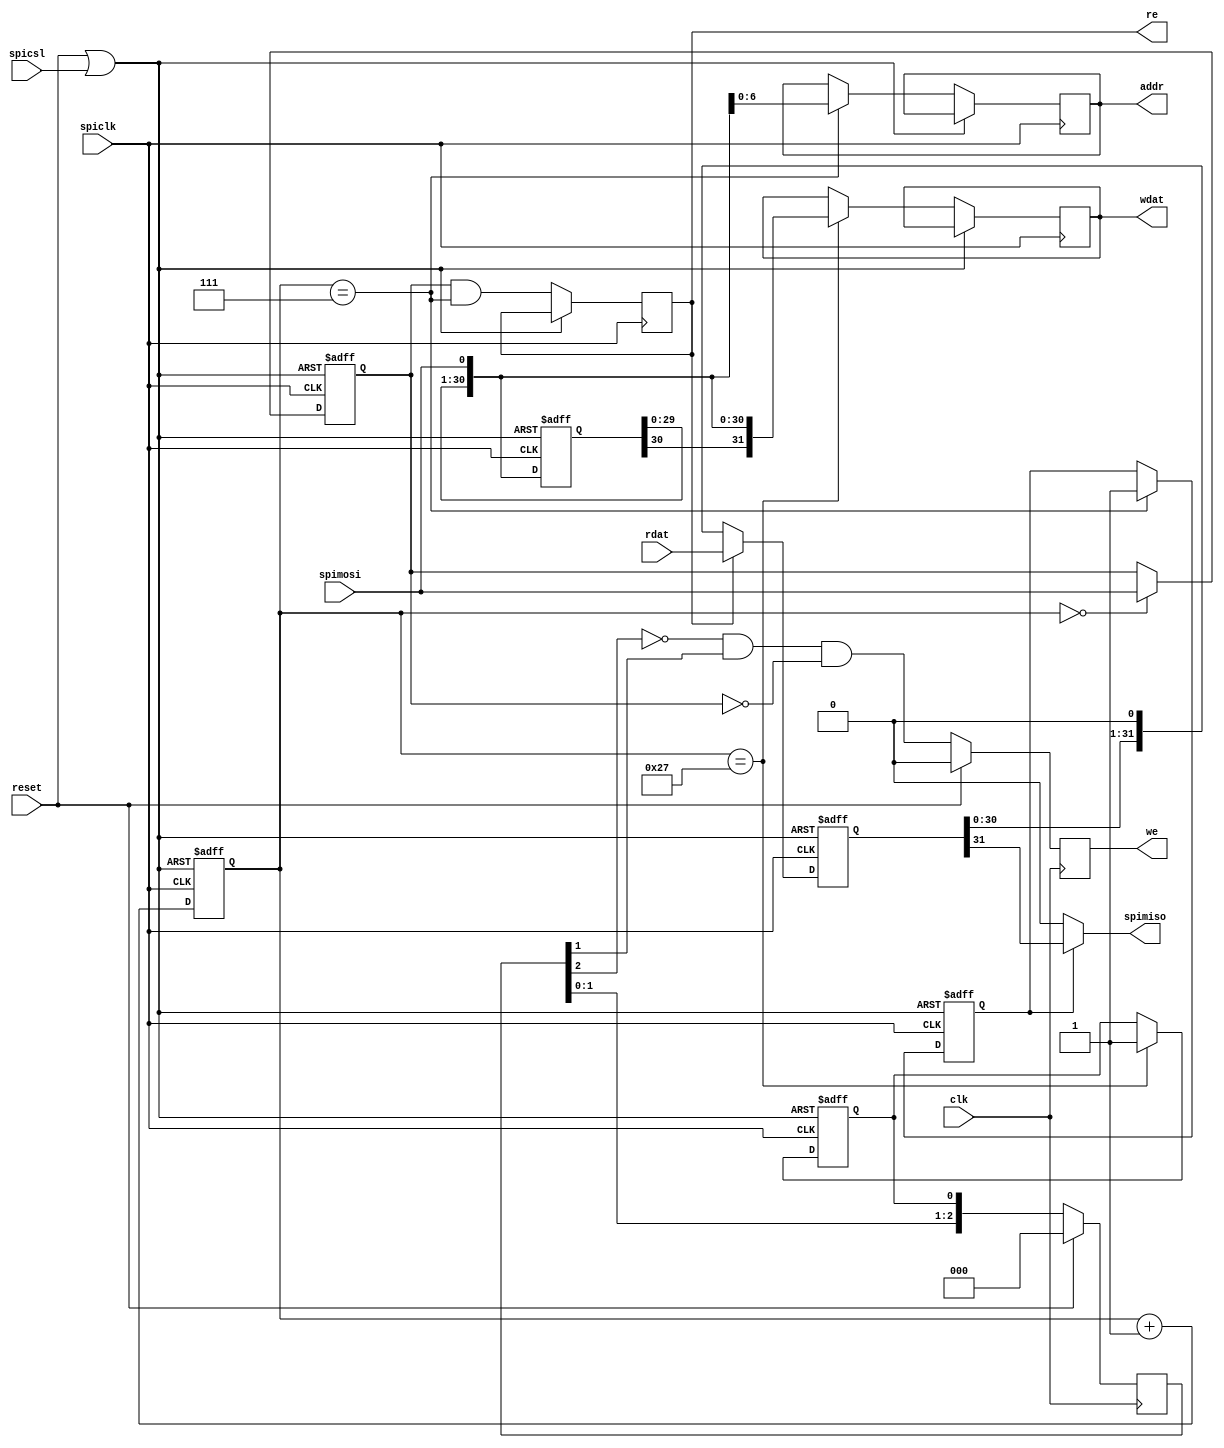
// spi_slave.v: SPI Bus interface for 128 x 32
// 2009-02-28 E. Brombaugh
// 2009-03-22 E. Brombaugh - backported early read logic
//
// This is a simple SPI (serial peripheral interface) slave module.
// These SPI parameters are used in this module:
//   CPOL = 0 (spiclk idles low)
//   CPHA = 0 (data clocked in on rising edge when CPOL is 1)
// 
// Note:  addr/wdat are synchronous to the SPI clock. we & re are synchronized
//
// A SPI transfer consists of 40 bits, MSB first.
// The first bit is read/write_n.
// The next 7 are address bits.
// The last 32 are data bits
// Read data is sent in current transfer based on early address/direction

`timescale 1 ns/1 ps

module spi_slave(clk, reset,
			spiclk, spimosi, spimiso, spicsl,
			we, re, wdat, addr, rdat);
	parameter asz = 7;				// address size
	parameter dsz = 32;				// databus word size

	input clk;						// System clock
	input reset;					// System POR
	input spiclk;					// ARM SPI Clock output
	input spimosi;					// ARM SPI Master Out Slave In
	output spimiso;					// ARM SPI Master In Slave Out
	input spicsl;					// ARM SPI Chip Select Low
	output we;						// Write Enable
	output re;						// Read enable
	output [dsz-1:0] wdat;			// write databus
	output [asz-1:0] addr;			// address
	input [dsz-1:0] rdat;			// read databus
	
	// SPI Posedge Process
	reg [5:0]  mosi_cnt;			// input bit counter
	reg [dsz-1:0] mosi_shift;		// shift reg
	reg rd;							// direction flag
	reg [asz-1:0] addr;				// address bits
	reg eoa;						// end of address flag
	reg	re;							// read flag
	reg [dsz-1:0] wdat;				// write data reg
	reg eot;						// end of transfer flag
	wire       spi_reset = reset | spicsl;	// combined reset
 	always@(posedge spiclk or posedge spi_reset)
		if (spi_reset)
		begin
			mosi_cnt <= 'b0;
			mosi_shift <= 32'h0;
			eoa <= 'b0;
			rd <= 'b0;
			eot <= 'b0;
		end
		else 
		begin
			// Counter keeps track of bits received
			mosi_cnt <= mosi_cnt + 1;
			
			// Shift register grabs incoming data
			mosi_shift <= {mosi_shift[dsz-2:0], spimosi};
			
			// Grab Read bit
			if(mosi_cnt == 0)
				rd <= spimosi;
			
			// Grab Address
			if(mosi_cnt == asz)
			begin
				addr <= {mosi_shift[asz-2:0],spimosi};
				eoa <= 1'b1;
			end
			
			// Generate Read pulse
			re <= rd & (mosi_cnt == asz);

			if(mosi_cnt == (asz+dsz))
			begin
				// Grab data
				wdat <= {mosi_shift[dsz-2:0],spimosi};
				
				// End-of-transmission (used to generate Write pulse)
				eot <= 1'b1;
			end
		end
	
  	// outgoing shift register is clocked on falling edge
	reg [dsz-1:0] miso_shift;
	always @(negedge spiclk or posedge spi_reset)
		if (spi_reset)
		begin
			miso_shift <= 32'h0;
		end
		else
		begin
			if(re)
				miso_shift <= rdat;
			else
				miso_shift <= {miso_shift[dsz-2:0],1'b0};
		end
	
  	// MISO is just msb of shift reg
	assign spimiso = eoa ? miso_shift[dsz-1] : 1'b0;
	
	// Delay/Sync & edge detect on eot to generate we
	reg [2:0] we_dly;
	reg we;
	always @(posedge clk)
		if(reset)
		begin
			we_dly <= 0;
			we <= 0;
		end
		else
	 	begin
			we_dly <= {we_dly[1:0],eot};
			we <= ~we_dly[2] & we_dly[1] & ~rd;
		end
endmodule